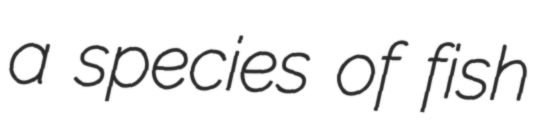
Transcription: a species of fish